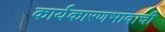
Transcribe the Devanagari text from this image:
कार्यकारणभावाची